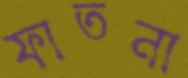
ফাতনা